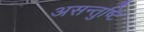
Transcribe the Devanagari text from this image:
असन्तुष्टि